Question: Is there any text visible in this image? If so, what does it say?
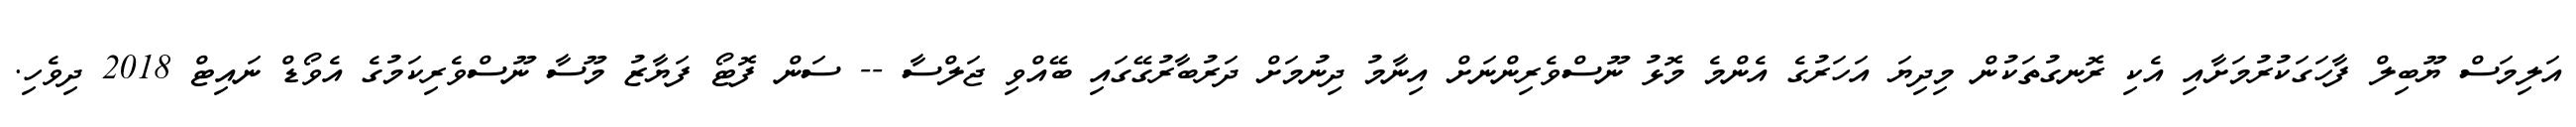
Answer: އަލިމަސް ޔޫބިލް ފާހަގަކުރުމަށާއި އެކި ރޮނގުތަކުން މިދިޔަ އަހަރުގެ އެންމެ މޮޅު ނޫސްވެރިންނަށް އިނާމު ދިނުމަށް ދަރުބާރުގޭގައި ބޭއްވި ޖަލްސާ -- ސަން ފޮޓޯ ފަޔާޒު މޫސާ ނޫސްވެރިކަމުގެ އެވޯޑް ނައިޓް 2018 ދިވެހި.